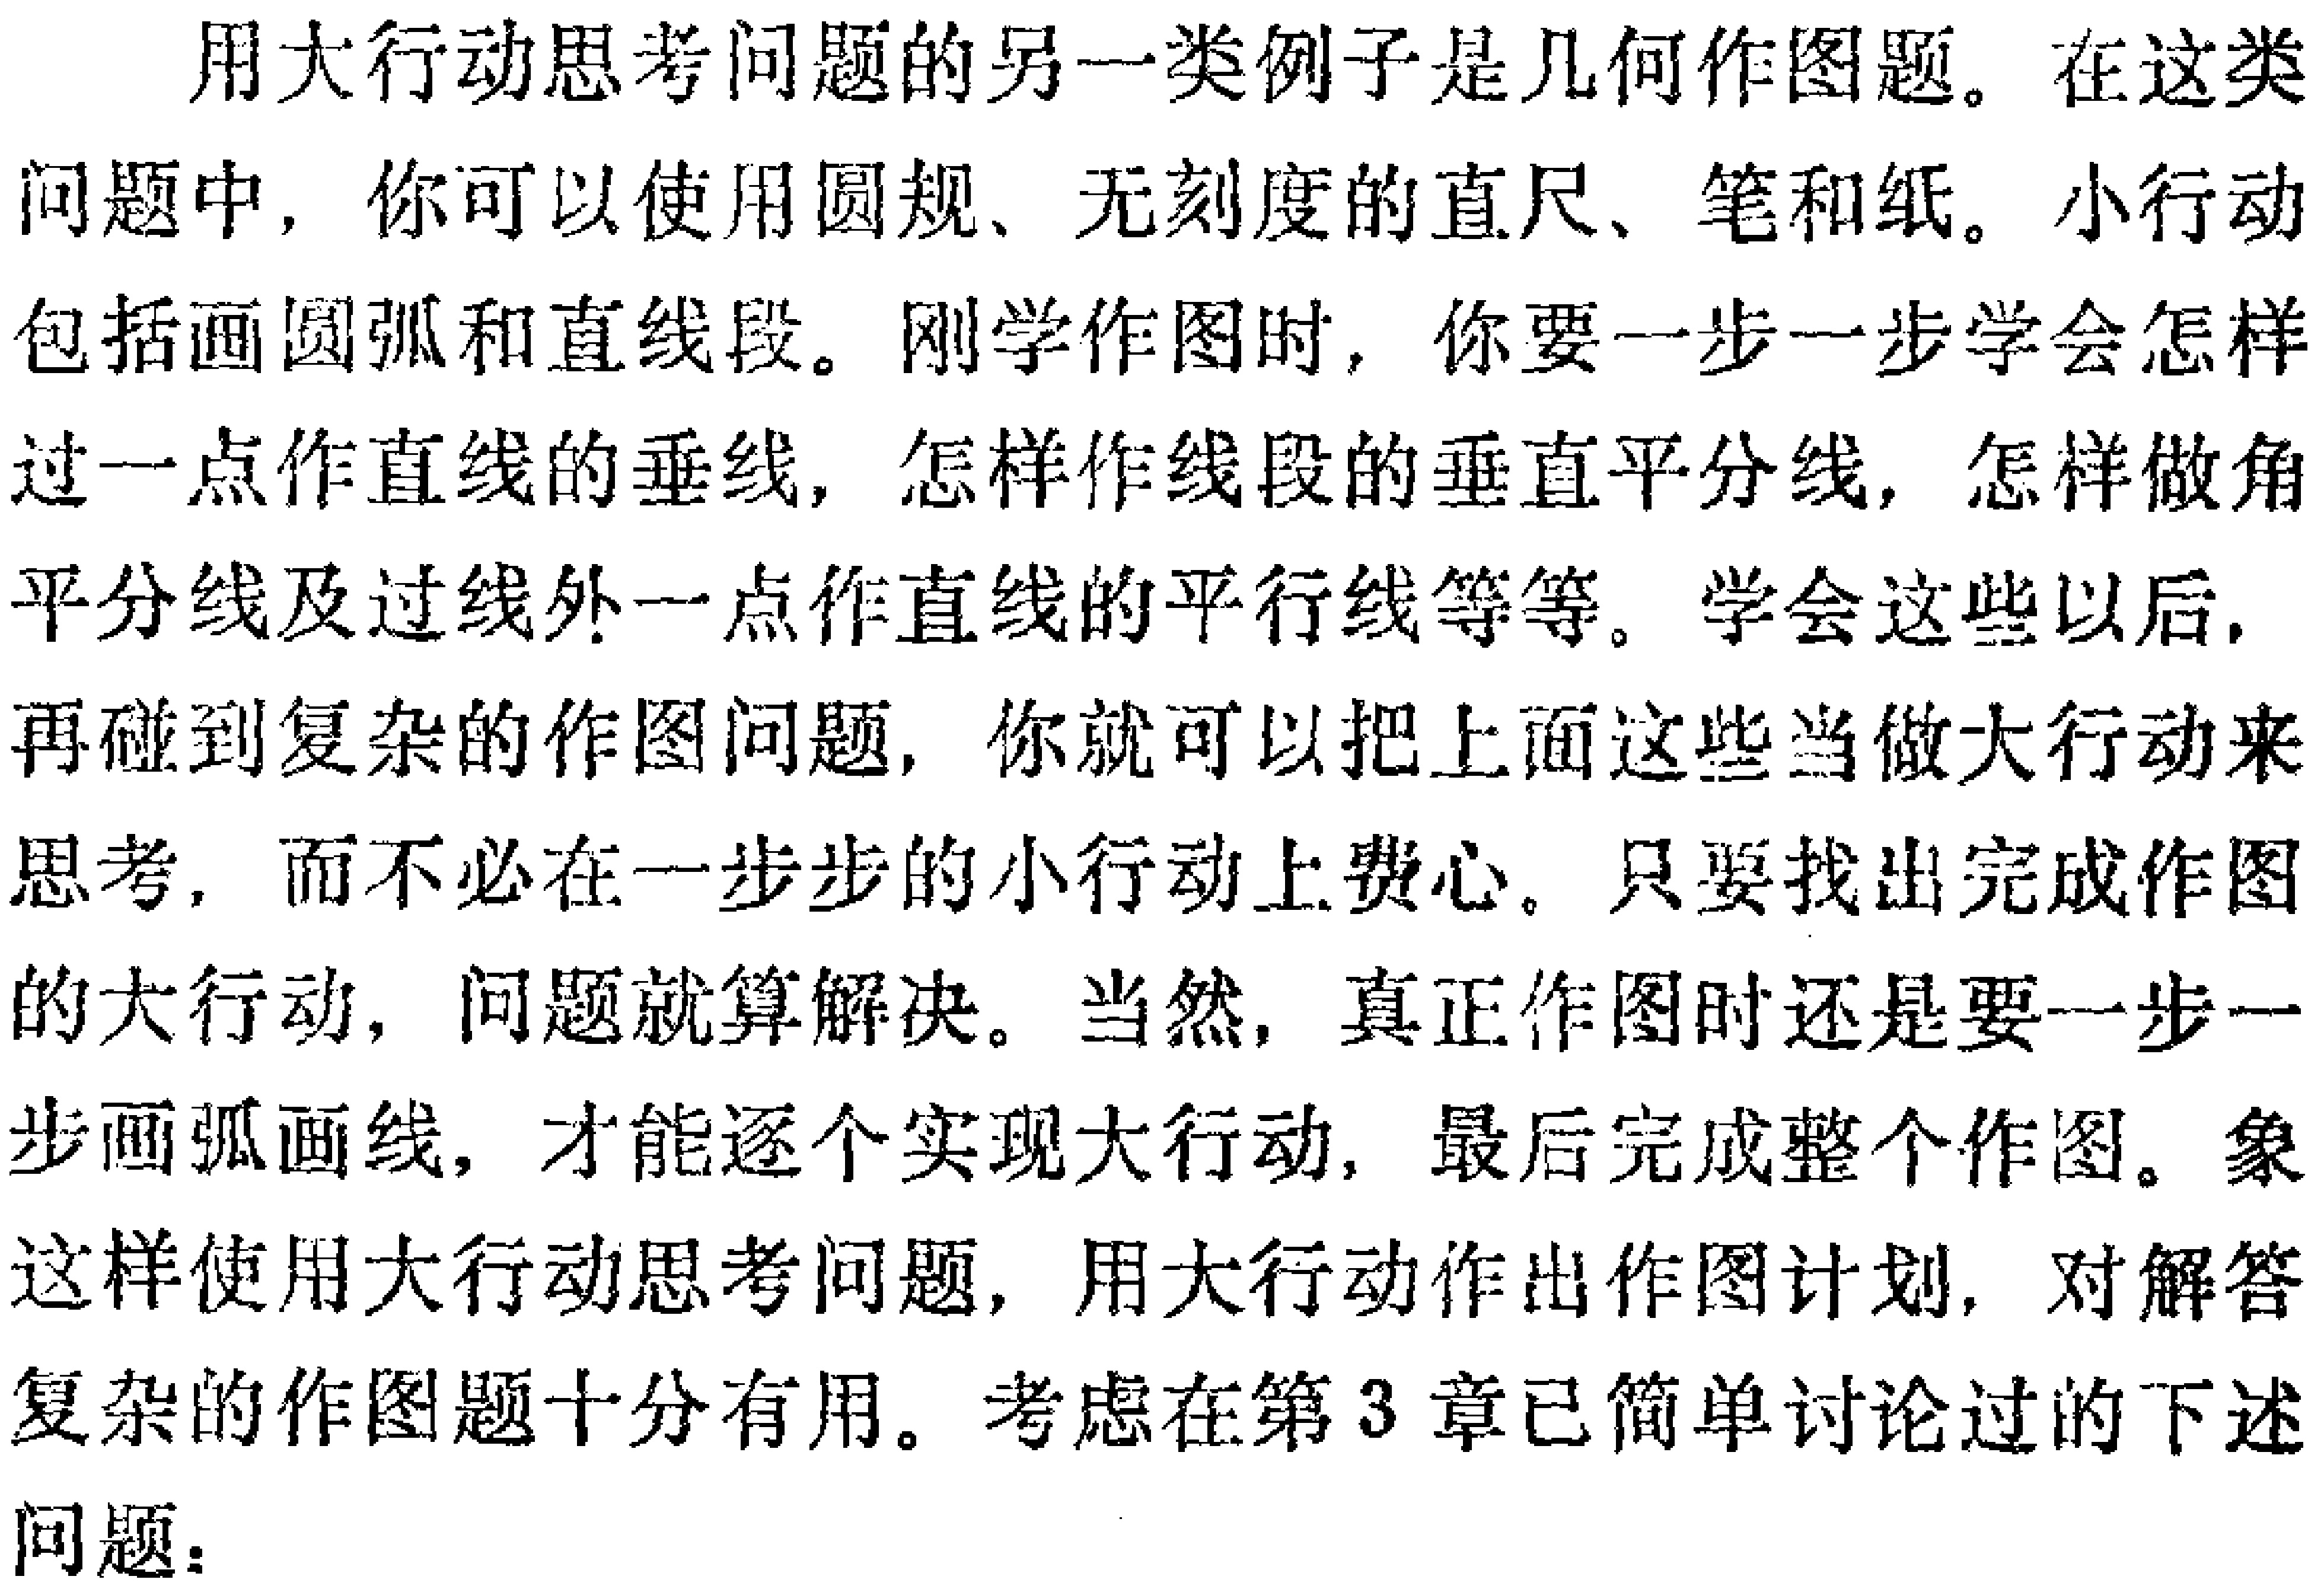
用大行动思考问题的另一类例子是几何作图题。在这类问题中，你可以使用圆规、无刻度的直尺、笔和纸。小行动包括画圆弧和直线段。刚学作图时，你要一步一步学会怎样过一点作直线的垂线，怎样作线段的垂直平分线，怎样做角平分线及过线外一点作直线的平行线等等。学会这些以后，再碰到复杂的作图问题，你就可以把上面这些当做大行动来思考，而不必在一步步的小行动上费心。只要找出完成作图的大行动，问题就算解决。当然，真正作图时还是要一步一步画弧画线，才能逐个实现大行动，最后完成整个作图。象这样使用大行动思考问题，用大行动作出作图计划，对解答复杂的作图题十分有用。考虑在第3章已简单讨论过的下述问题：